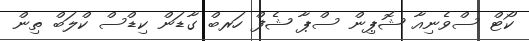
ކޯޓް ސްވެނިއާ ޝޮޕިން ސްޕާ ޝެފް ހަރބް ގާޑަން ކިޑްސް ކްލަބް ތިން